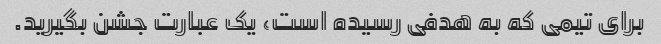
برای تیمی که به هدفی رسیده است، یک عبارت جشن بگیرید.